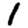
Digit: 1